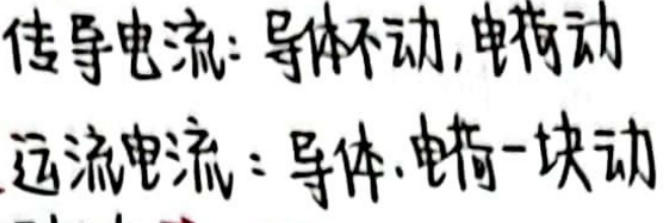
传导电流：导体不动，电荷动\\
运流电流：导体、电荷一块动